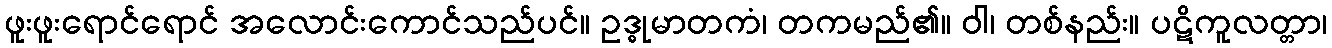
ဖူးဖူးရောင်ရောင် အလောင်းကောင်သည်ပင်။ ဥဒ္ဓုမာတကံ၊ တကမည်၏။ ဝါ၊ တစ်နည်း။ ပဋိကူလတ္တာ၊